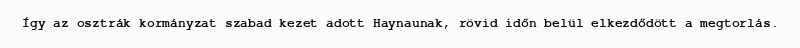
Így az osztrák kormányzat szabad kezet adott Haynaunak, rövid időn belül elkezdődött a megtorlás.